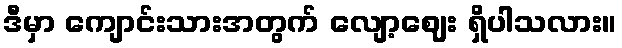
ဒီမှာ ကျောင်းသားအတွက် လျော့ဈေး ရှိပါသလား။